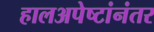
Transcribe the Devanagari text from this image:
हालअपेष्टांनंतर